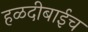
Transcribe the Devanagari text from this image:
हळदीबाईच